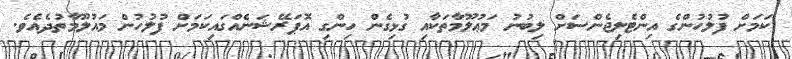
ކަމަށް ފުލުހުންގެ އިންޓެލިޖެންސަށް ލިބުނު މަޢުލޫމާތަކާއި ގުޅިގެން ހިންގި އޮޕަރޭޝަނެއްގައިކަމަށް ފުލުހުން މައުލޫމާތުދެއެވެ.